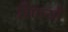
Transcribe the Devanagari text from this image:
तैफयों